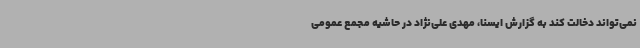
نمی‌تواند دخالت کند به گزارش ایسنا، مهدی علی‌نژاد در حاشیه مجمع عمومی